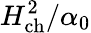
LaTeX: H_{\mathrm{{ch}}}^{2}/\alpha_{0}